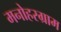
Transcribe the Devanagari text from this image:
मनोहरग्राम